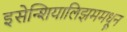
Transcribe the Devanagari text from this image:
इसेन्शियालिझममधून